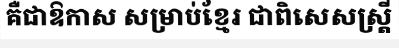
គឺជាឱកាស សម្រាប់ខ្មែរ ជាពិសេសស្ត្រី